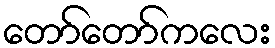
တော်တော်ကလေး